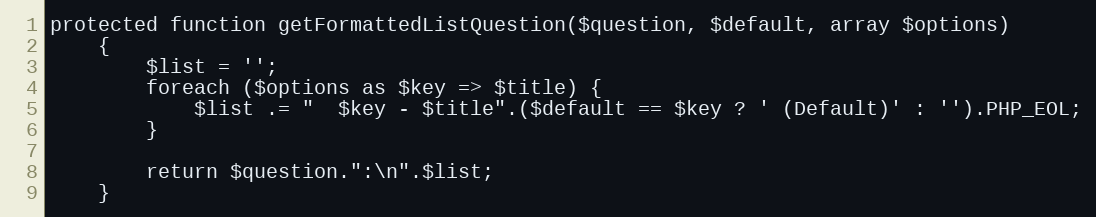
Language: PHP
protected function getFormattedListQuestion($question, $default, array $options)
    {
        $list = '';
        foreach ($options as $key => $title) {
            $list .= "  $key - $title".($default == $key ? ' (Default)' : '').PHP_EOL;
        }

        return $question.":\n".$list;
    }